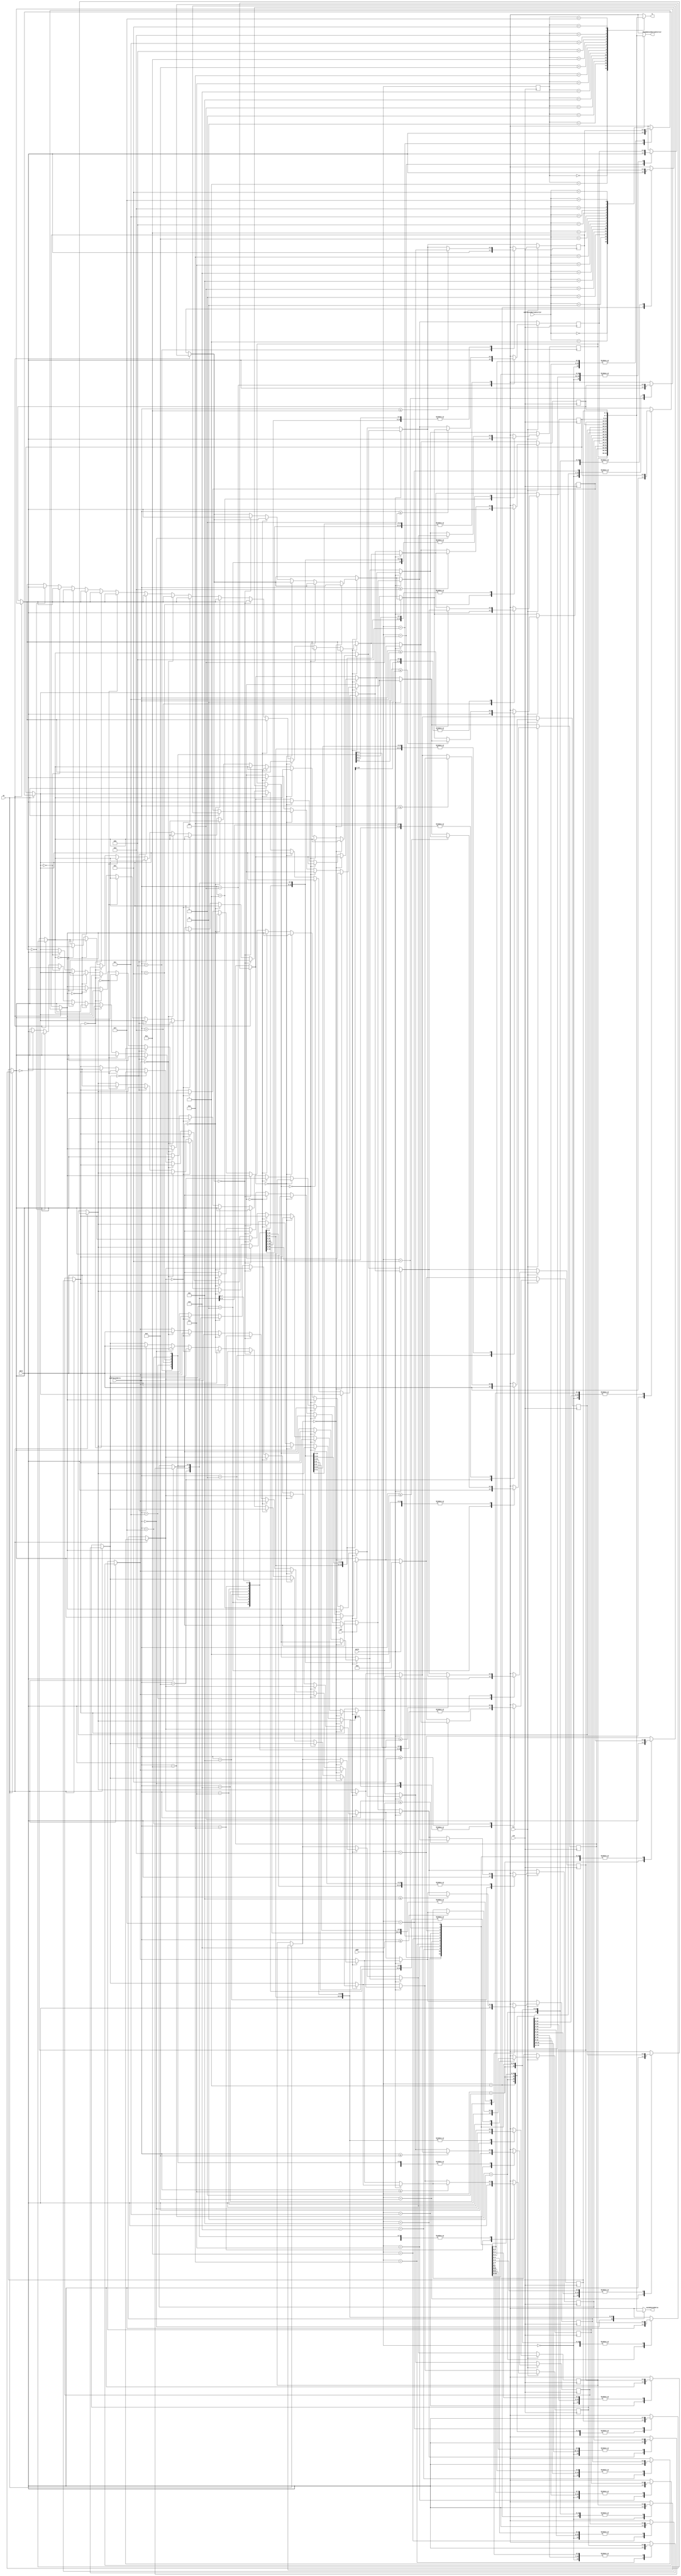


module sync_ram_16x4_mod(
    input        clk,
    input        we, // write enable para escrita no addr dado
    input  [3:0] data,
    input  [3:0] addrSecundarioAnterior,
    input  [3:0] addrSecundario,
    input  [3:0] addr,
    input        shift,
    input        weT, // write enable top (coloca o dado novo no fim da fila)
    input        fit,
    output [3:0] q,
    output [3:0] saidaSecundaria,
    output [3:0] saidaSecundariaAnterior
);

    // Variavel RAM (armazena dados)
    reg [3:0] ram[15:0];

    // Registra endereco de acesso
    reg [3:0] addr_reg;
    integer i;

    // Especifica conteudo inicial da RAM
    // a partir da leitura de arquivo usando $readmemb
    initial begin
        ram[0] = 0;
        ram[1] = 0;
        ram[2] = 0;
        ram[3] = 0;
        ram[4] = 0;
        ram[5] = 0;
        ram[6] = 0;
        ram[7] = 0;
        ram[8] = 0;
        ram[9] = 0;
        ram[10] = 0;
        ram[11] = 0;
        ram[12] = 0;
        ram[13] = 0;
        ram[14] = 0;
        ram[15] = 0;
    end
    always @ (posedge clk)
    begin
        // Escrita da memoria
        if (we)
            ram[addr] = data;
        if (weT) begin
            if(ram[0] == 0) ram[0] = data;
            else if(ram[1] == 4'b0000) ram[1] = data;
            else if(ram[2] == 4'b0000) ram[2] = data;
            else if(ram[3] == 4'b0000) ram[3] = data;
            else if(ram[4] == 4'b0000) ram[4] = data;
            else if(ram[5] == 4'b0000) ram[5] = data;
            else if(ram[6] == 4'b0000) ram[6] = data;
            else if(ram[7] == 4'b0000) ram[7] = data;
            else if(ram[8] == 4'b0000) ram[8] = data;
            else if(ram[9] == 4'b0000) ram[9] = data;
            else if(ram[10] == 4'b0000) ram[10] = data;
            else if(ram[11] == 4'b0000) ram[11] = data;
            else if(ram[12] == 4'b0000) ram[12] = data;
            else if(ram[13] == 4'b0000) ram[13] = data;
            else if(ram[14] == 4'b0000) ram[14] = data;
            else if(ram[15] == 4'b0000) ram[15] = data;
        end
        if(shift) begin 
            ram[0] = 15;
            ram[0] = ram[1];
            ram[1] = ram[2];
            ram[2] = ram[3];
            ram[3] = ram[4];
            ram[4] = ram[5];
            ram[5] = ram[6];
            ram[6] = ram[7];
            ram[7] = ram[8];
            ram[8] = ram[9];
            ram[9] = ram[10];
            ram[10] = ram[11];
            ram[11] = ram[12];
            ram[12] = ram[13];
            ram[13] = ram[14];
            ram[14] = ram[15];
            ram[15] = 0;
        end
        if(fit) begin
            if (addrSecundario <= 14) ram[15] = ram[14];
            if (addrSecundario <= 13) ram[14] = ram[13];
            if (addrSecundario <= 12) ram[13] = ram[12];
            if (addrSecundario <= 11) ram[12] = ram[11];
            if (addrSecundario <= 10) ram[11] = ram[10];
            if (addrSecundario <= 9) ram[10] = ram[9];
            if (addrSecundario <= 8) ram[9] = ram[8];
            if (addrSecundario <= 7) ram[8] = ram[7];
            if (addrSecundario <= 6) ram[7] = ram[6];
            if (addrSecundario <= 5) ram[6] = ram[5];
            if (addrSecundario <= 4) ram[5] = ram[4];
            if (addrSecundario <= 3) ram[4] = ram[3];
            if (addrSecundario <= 2) ram[3] = ram[2];
            if (addrSecundario <= 1) ram[2] = ram[1];
            if (addrSecundario == 0) ram[1] = ram[0];
            
            ram[addrSecundario] = data;
        end
        
        addr_reg <= addr;
    end

    // Atribuicao continua retorna dado
    assign q = ram[addr_reg];
    assign saidaSecundaria = ram[addrSecundario];
    assign saidaSecundariaAnterior = ram[addrSecundarioAnterior];

endmodule